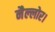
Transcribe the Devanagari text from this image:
नैल्‍लोर।